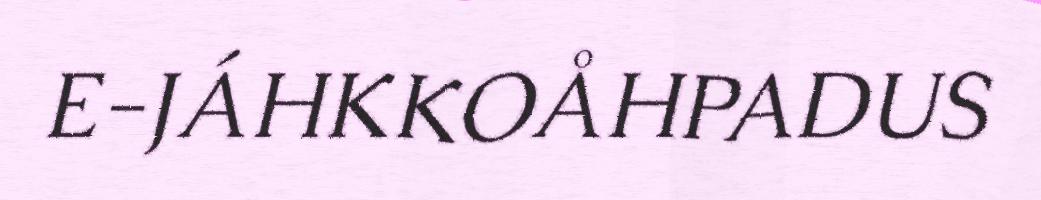
E-JÁHKKOÅHPADUS